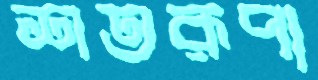
শতরূপা